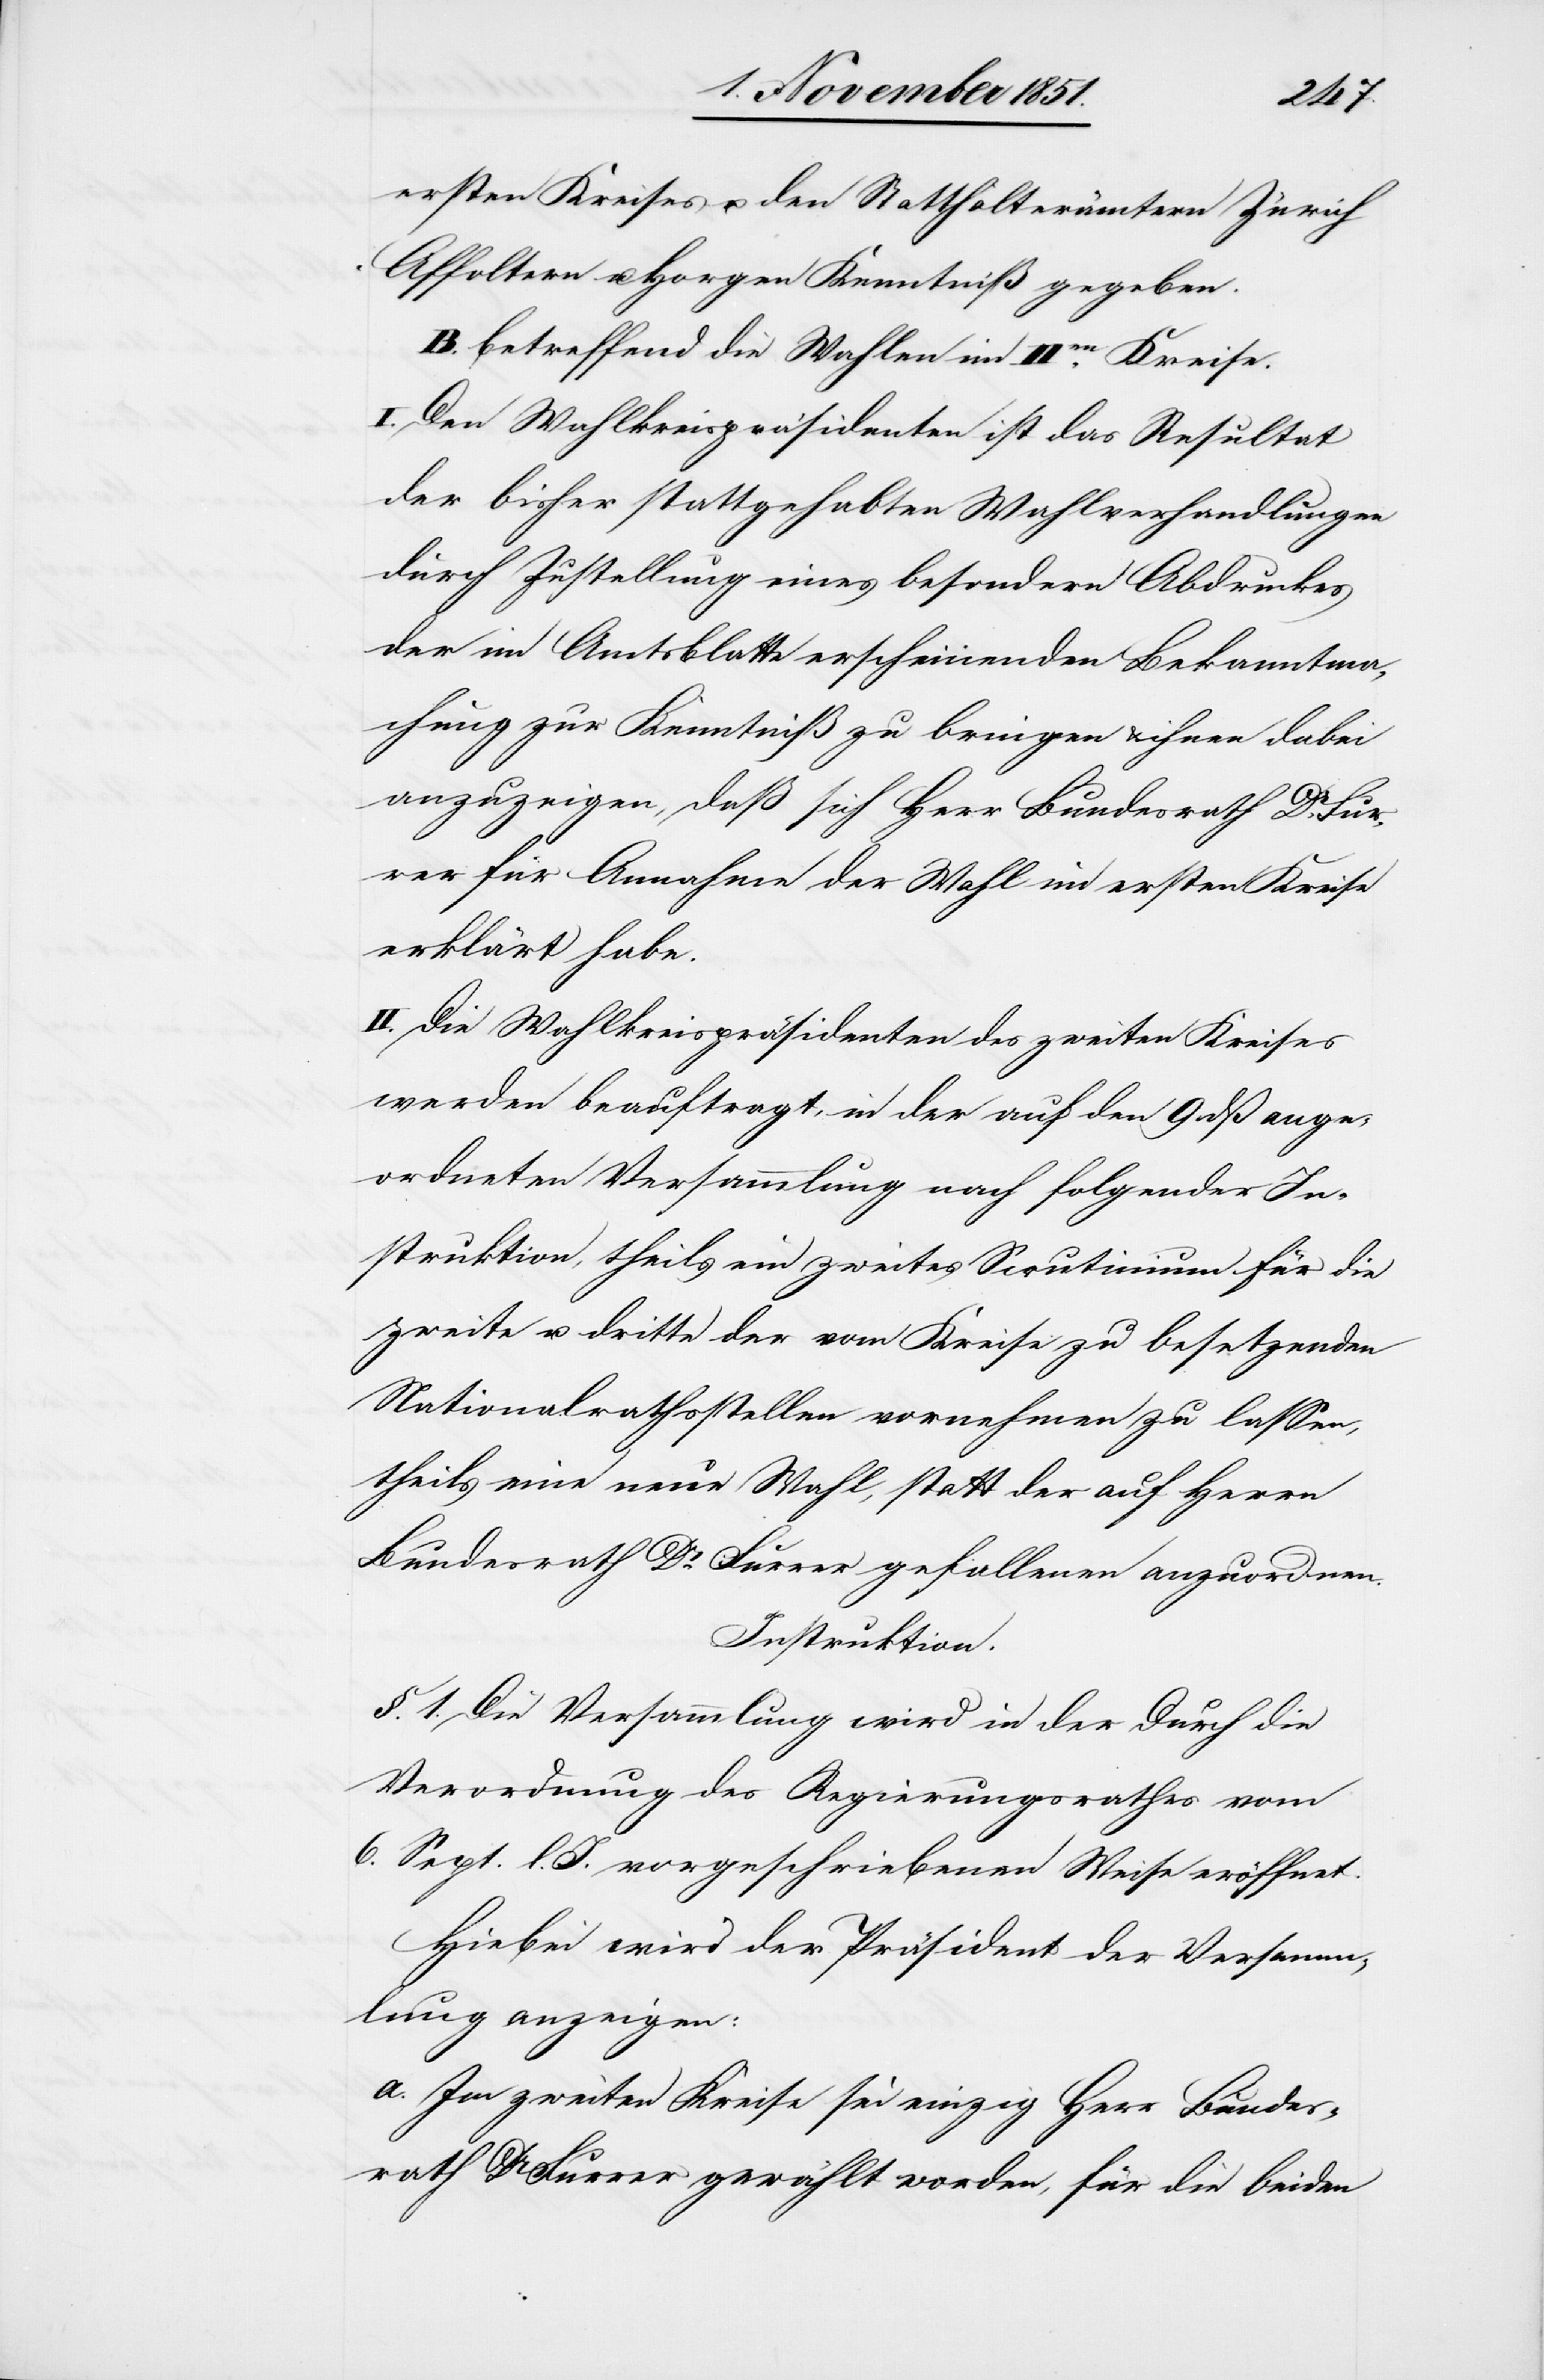
ersten Kreises u. den Statthalterämtern Zürich
Affoltern u. Horgen Kenntniß gegeben.
B. betreffend die Wahlen im IIen Kreise.
I. Den Wahlkreispräsidenten ist das Resultat
der bisher stattgehabten Wahlverhandlungen
durch Zustellung eines besondern Abdruckes
der im Amtsblatte erscheinenden Bekanntma¬
chung zur Kenntniß zu bringen & ihnen dabei
anzuzeigen, daß sich Herr Bundesrath Dr Fur¬
rer für Annahme der Wahl im ersten Kreise
erklärt habe.
II. Die Wahlkreispräsidenten des zweiten Kreises
werden beauftragt, in der auf den 9 dß ange¬
ordneten Versammlung nach folgender In¬
struktion, theils ein zweites Scrutinium für die
zweite u. dritte der vom Kreise zu besetzenden
Nationalrathsstellen vornehmen zu lassen,
theils eine neue Wahl, statt der auf Herrn
Bundesrath Dr Furrer gefallenen anzuordnen.
Instruktion.
§. 1. Die Versammlung wird in der Durch [sic!]
Verordnung des Regierungsrathes vom
6. Sept. l. J. vorgeschriebenen Weise eröffnet.
Hiebei wird der Präsident der Versamm¬
lung anzeigen:
a. Im zweiten Kreise sei einzig Herr Bundes¬
rath Dr Furrer gewählt worden, für die beiden